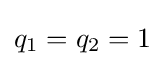
q_{1}=q_{2}=1